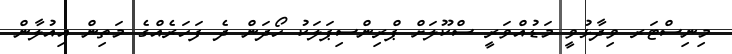
މިނިސްޓަރ ވިދާޅުވީ މަޑުއްވަރީ ސްކޫލަށް ޕްރިންސިޕަލަކު ހޯދަން ދެ ފަހަރެއްގެ މަތިން އިއުލާން